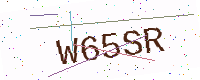
Text: W65SR